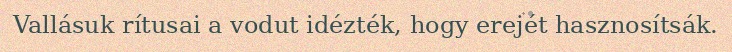
Vallásuk rítusai a vodut idézték, hogy erejét hasznosítsák.